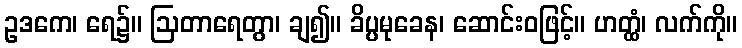
ဥဒကေ၊ ရေ၌။ ဩတာရေတွာ၊ ချ၍။ ခိပ္ပမုခေန၊ ဆောင်းဝဖြင့်။ ဟတ္ထံ၊ လက်ကို။